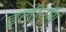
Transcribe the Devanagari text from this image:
इलीनॉय